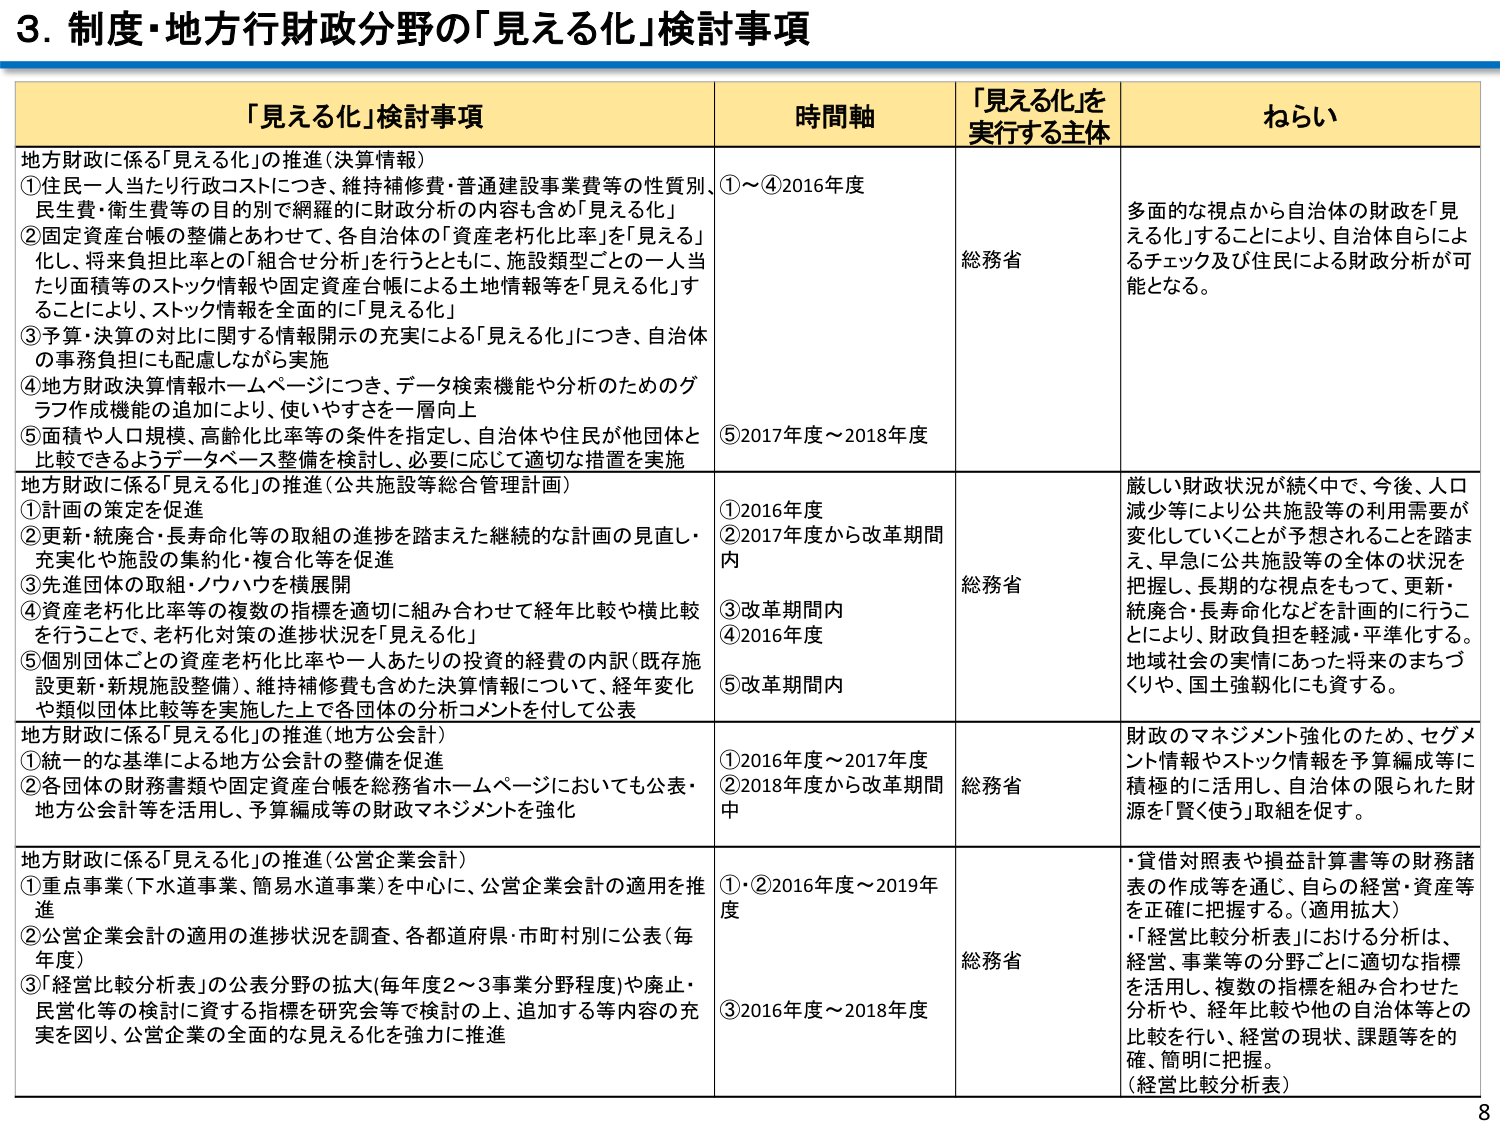
3. 制度・地方行財政分野の「見える化」検討事項

「見える化」検討事項　　　　　　　　　　　　　　　　　　　時間軸　　　　　　　　　　「見える化」を実行する主体　　　　　　　　ねらい

地方財政に係る「見える化」の推進（決算情報）
①住民一人当たり行政コストにつき、維持補修費・普通建設事業費等の性質別、民生費・衛生費等の目的別で網羅的に財政分析の内容も含め「見える化」
②固定資産台帳の整備とあわせて、各自治体の「資産老朽化比率」を「見える」化し、将来負担比率との「組合せ分析」を行うとともに、施設類型ごとの一人当たり面積等のストック情報や固定資産台帳による土地情報等を「見える化」することにより、ストック情報を全面的に「見える化」
③予算・決算の対比に関する情報開示の充実による「見える化」につき、自治体の事務負担にも配慮しながら実施
④地方財政決算情報ホームページにつき、データ検索機能や分析のためのグラフ作成機能の追加により、使いやすさを一層向上
⑤面積や人口規模、高齢化比率等の条件を指定し、自治体や住民が他団体と比較できるようデータベース整備を検討し、必要に応じて適切な措置を実施
①～④2016年度
⑤2017年度～2018年度
総務省
多面的な視点から自治体の財政を「見える化」することにより、自治体自らによるチェック及び住民による財政分析が可能となる。

地方財政に係る「見える化」の推進（公共施設等総合管理計画）
①計画の策定を促進
②更新・統廃合・長寿命化等の取組の進捗を踏まえた継続的な計画の見直し・充実化や施設の集約化・複合化等を促進
③先進団体の取組・ノウハウを横展開
④資産老朽化比率等の複数の指標を適切に組み合わせて経年比較や横比較を行うことで、老朽化対策の進捗状況を「見える化」
⑤個別団体ごとの資産老朽化比率や一人あたりの投資の経費の内訳（既存施設更新・新規施設整備）、維持補修費も含めた決算情報について、経年変化や類似団体比較等を実施した上で各団体の分析コメントを付して公表
①2016年度
②2017年度から改革期間内
③改革期間内
④2016年度
⑤改革期間内
総務省
厳しい財政状況が続く中で、今後、人口減少等により公共施設等の利用需要が変化していくことが予想されることを踏まえ、早急に公共施設等の全体の状況を把握し、長期的な視点をもって、更新・統廃合・長寿命化などを計画的に行うことにより、財政負担を軽減・平準化する。地域社会の実情にあった将来のまちづくりや、国土強靭化にも資する。

地方財政に係る「見える化」の推進（地方公会計）
①統一的な基準による地方公会計の整備を促進
②各団体の財務書類や固定資産台帳を総務省ホームページにおいても公表・地方公会計等を活用し、予算編成等の財政マネジメントを強化
①2016年度～2017年度
②2018年度から改革期間中
総務省
財政のマネジメント強化のため、セグメント情報やストック情報を予算編成等に積極的に活用し、自治体の限られた財源を「賢く使う」取組を促す。

地方財政に係る「見える化」の推進（公営企業会計）
①重点事業（下水道事業、簡易水道事業）を中心に、公営企業会計の適用を推進
②公営企業会計の適用の進捗状況を調査、各都道府県・市町村別に公表（毎年度）
③「経営比較分析表」の公表分野の拡大（毎年度2～3事業分野程度）や廃止・民営化等の検討に資する指標を研究会等で検討の上、追加する等内容の充実を図り、公営企業の全面的な見える化を強力に推進
①・②2016年度～2019年度
③2016年度～2018年度
総務省
・貸借対照表や損益計算書等の財務諸表の作成等を通じ、自らの経営・資産等を正確に把握する。（適用拡大）
・「経営比較分析表」における分析は、経営・事業等の分野ごとに適切な指標を活用し、複数の指標を組み合わせた分析や、経年比較や他の自治体等との比較を行い、経営の現状、課題等を的確、簡明に把握。
（経営比較分析表）

8